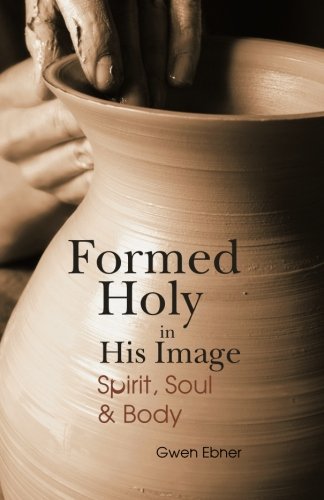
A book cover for Formed Holy in His Image: Spirit, Soul & Body; Gwen D. Ebner; Christian Books & Bibles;